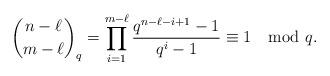
LaTeX: \begin{align*}{n-\ell \choose m-\ell}_q = \prod_{i=1}^{m-\ell}\frac{q^{n-\ell-i+1}-1}{q^i-1}\equiv 1 \mod q.\end{align*}